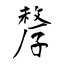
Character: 孷